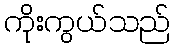
ကိုးကွယ်သည်